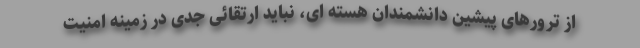
از ترورهای پیشین دانشمندان هسته ای، نباید ارتقائی جدی در زمینه امنیت